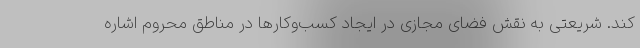
کند. شریعتی به نقش فضای مجازی در ایجاد کسب‌وکارها در مناطق محروم اشاره